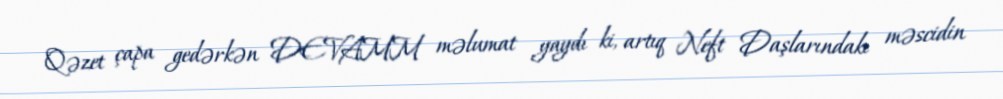
Qəzet çapa gedərkən DEVAMM məlumat yaydı ki, artıq Neft Daşlarındakı məscidin